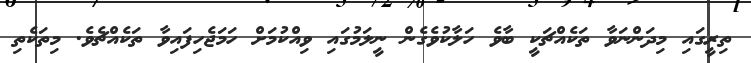
ތިރީގައި މިދަންނަވާ ތަކެއްޗަކީ ބާވެ ހަލާކުވެގެން ނީލަމުގައި ވިއްކުމަށް ހަމަޖެހިފައިވާ ތަކެއްޗެވެ. މިތަކެތި